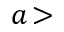
a \! >